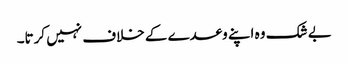
بے شک وہ اپنے وعدے کے خلاف نہیں کرتا۔